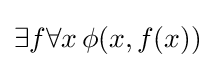
\exists f\forall x\,\phi (x,f(x))